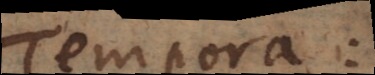
tempora